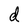
Character: d